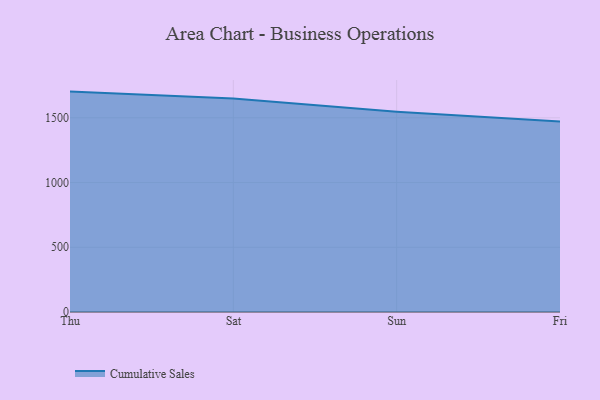
{"axis": {"x": "Day", "y": "LTV (USD)"}, "legend": ["Cumulative Sales"], "data": [{"x": "Thu", "y": 1702.5, "type": "Cumulative Sales"}, {"x": "Sat", "y": 1648.3, "type": "Cumulative Sales"}, {"x": "Sun", "y": 1546.7, "type": "Cumulative Sales"}, {"x": "Fri", "y": 1472.5, "type": "Cumulative Sales"}]}